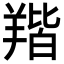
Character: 𦎥